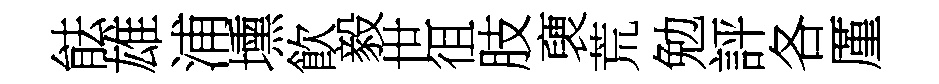
䏻雄浦壎飮毅世徂肢褏荒勉評各厪